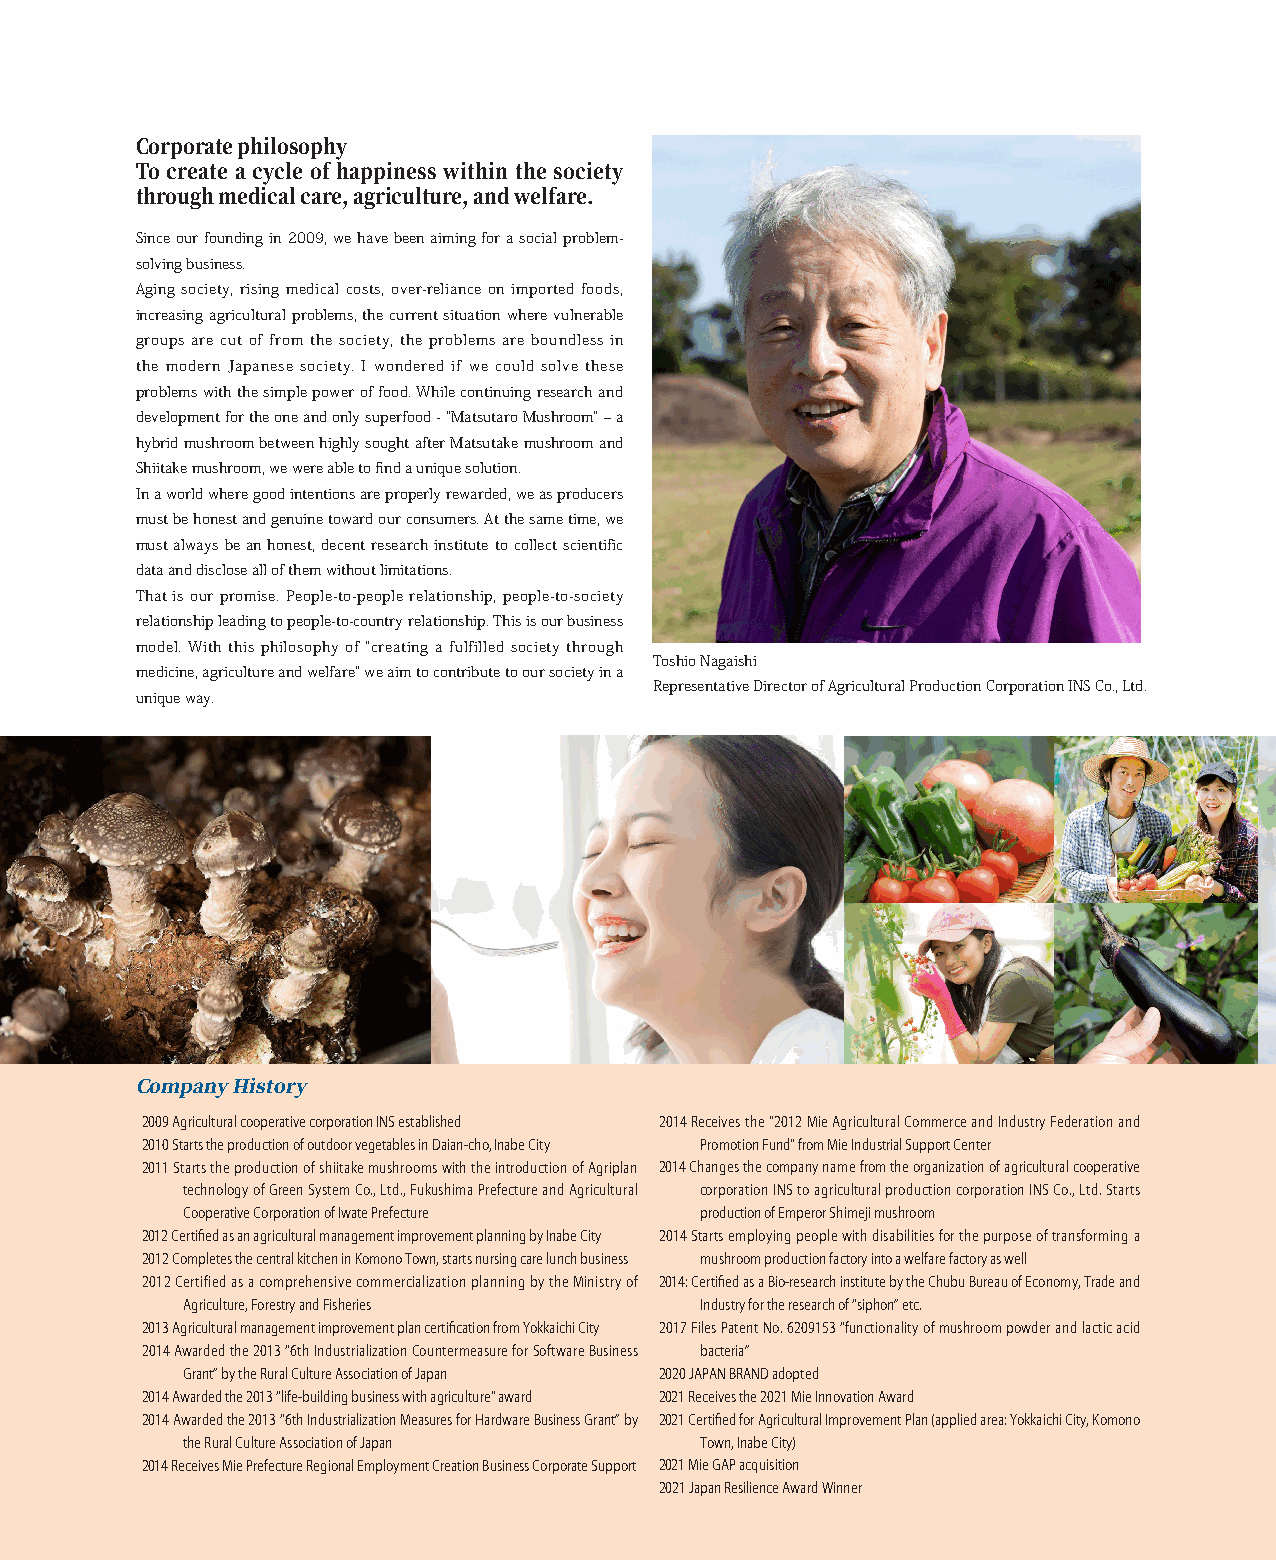
Corporate philosophy
 To create a cycle of happiness within the society
 through medical care, agriculture, and welfare.
 Since our founding in 2009, we have been aiming for a social problem-
 solving business.
 Aging society, rising medical costs, over-reliance on imported foods,
 increasing agricultural problems, the current situation where vulnerable
 groups are cut of from the society, the problems are boundless in
 the modern Japanese society. I wondered if we could solve these
 problems with the simple power of food. While continuing research and
 development for the one and only superfood - "Matsutaro Mushroom” – a
 hybrid mushroom between highly sought after Matsutake mushroom and
 Shiitake mushroom, we were able to find a unique solution.
 In a world where good intentions are properly rewarded, we as producers
 must be honest and genuine toward our consumers. At the same time, we
 must always be an honest, decent research institute to collect scientific
 data and disclose all of them without limitations.
 That is our promise. People-to-people relationship, people-to-society
 relationship leading to people-to-country relationship. This is our business
 model. With this philosophy of "creating a fulfilled society through
 Toshio Nagaishi
 medicine, agriculture and welfare" we aim to contribute to our society in a
 Representative Director of Agricultural Production Corporation INS Co., Ltd.
 unique way.
 Company History
 2009 Agricultural cooperative corporation INS established 2014 Receives the "2012 Mie Agricultural Commerce and Industry Federation and
 2010 Starts the production of outdoor vegetables in Daian-cho, Inabe City Promotion Fund" from Mie Industrial Support Center
 2011 Starts the production of shiitake mushrooms with the introduction of Agriplan 2014 Changes the company name from the organization of agricultural cooperative
 technology of Green System Co., Ltd., Fukushima Prefecture and Agricultural corporation INS to agricultural production corporation INS Co., Ltd. Starts
 Cooperative Corporation of Iwate Prefecture production of Emperor Shimeji mushroom
 2012 Certified as an agricultural management improvement planning by Inabe City 2014 Starts employing people with disabilities for the purpose of transforming a
 2012 Completes the central kitchen in Komono Town, starts nursing care lunch business mushroom production factory into a welfare factory as well
 2012 Certified as a comprehensive commercialization planning by the Ministry of 2014: Certified as a Bio-research institute by the Chubu Bureau of Economy, Trade and
 Agriculture, Forestry and Fisheries Industry for the research of “siphon” etc.
 2013 Agricultural management improvement plan certification from Yokkaichi City 2017 Files Patent No. 6209153 “functionality of mushroom powder and lactic acid
 2014 Awarded the 2013 “6th Industrialization Countermeasure for Software Business bacteria”
 Grant” by the Rural Culture Association of Japan 2020 JAPAN BRAND adopted
 2014 Awarded the 2013 “life-building business with agriculture" award 2021 Receives the 2021 Mie Innovation Award
 2014 Awarded the 2013 “6th Industrialization Measures for Hardware Business Grant” by 2021 Certified for Agricultural Improvement Plan (applied area: Yokkaichi City, Komono
 the Rural Culture Association of Japan Town, Inabe City)
 2014 Receives Mie Prefecture Regional Employment Creation Business Corporate Support 2021 Mie GAP acquisition
 2021 Japan Resilience Award Winner